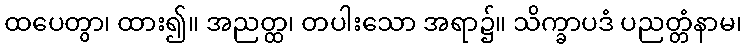
ထပေတွာ၊ ထား၍။ အညတ္ထ၊ တပါးသော အရာ၌။ သိက္ခာပဒံ ပညတ္တံနာမ၊